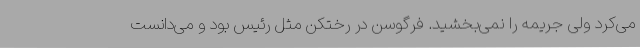
می‌کرد ولی جریمه را نمی‌بخشید. فرگوسن در رختکن مثل رئیس بود و می‌دانست